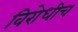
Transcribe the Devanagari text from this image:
विरोधीच